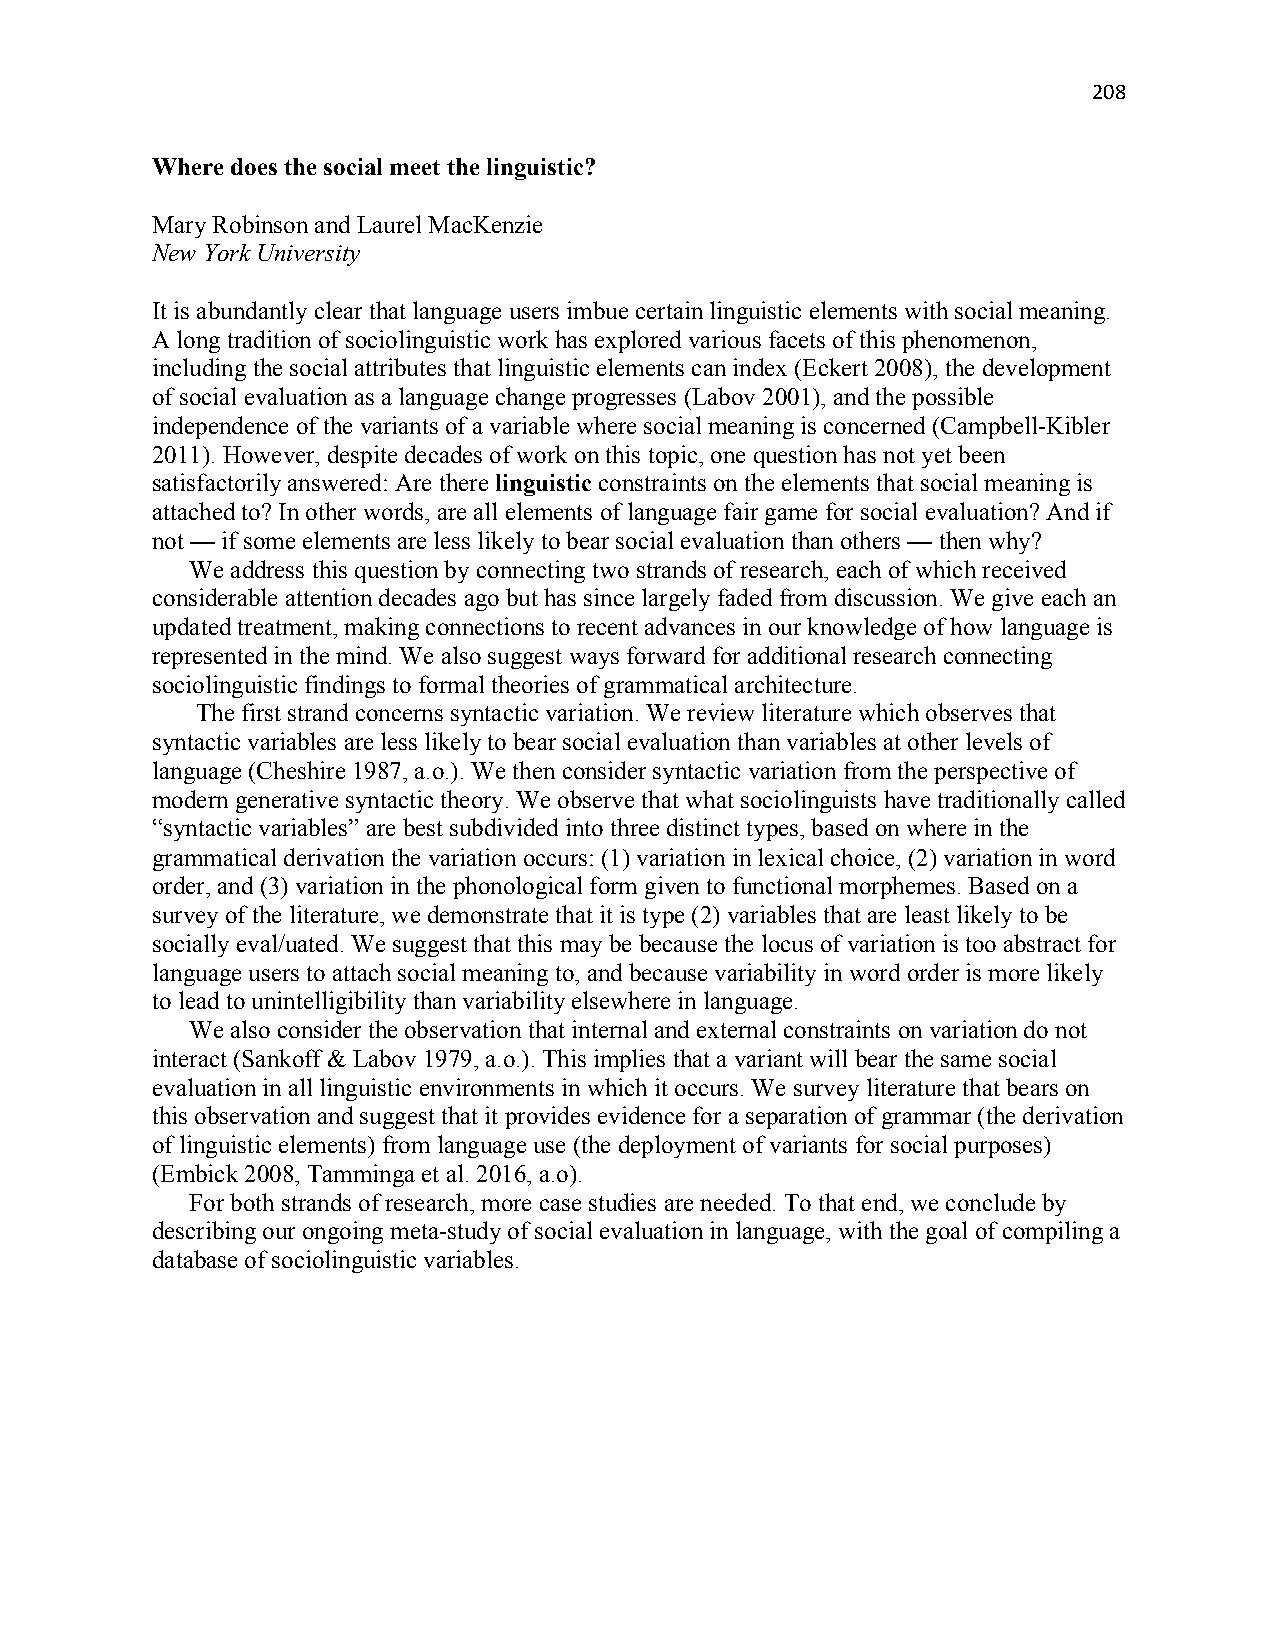
208
 Where does the social meet the linguistic?
 Mary Robinson and Laurel MacKenzie
 New York University
 It is abundantly clear that language users imbue certain linguistic elements with social meaning.
 A long tradition of sociolinguistic work has explored various facets of this phenomenon,
 including the social attributes that linguistic elements can index (Eckert 2008), the development
 of social evaluation as a language change progresses (Labov 2001), and the possible
 independence of the variants of a variable where social meaning is concerned (Campbell-Kibler
 2011). However, despite decades of work on this topic, one question has not yet been
 satisfactorily answered: Are there linguistic constraints on the elements that social meaning is
 attached to? In other words, are all elements of language fair game for social evaluation? And if
 not — if some elements are less likely to bear social evaluation than others — then why?
 We address this question by connecting two strands of research, each of which received
 considerable attention decades ago but has since largely faded from discussion. We give each an
 updated treatment, making connections to recent advances in our knowledge of how language is
 represented in the mind. We also suggest ways forward for additional research connecting
 sociolinguistic findings to formal theories of grammatical architecture.
 The first strand concerns syntactic variation. We review literature which observes that
 syntactic variables are less likely to bear social evaluation than variables at other levels of
 language (Cheshire 1987, a.o.). We then consider syntactic variation from the perspective of
 modern generative syntactic theory. We observe that what sociolinguists have traditionally called
 “syntactic variables” are best subdivided into three distinct types, based on where in the
 grammatical derivation the variation occurs: (1) variation in lexical choice, (2) variation in word
 order, and (3) variation in the phonological form given to functional morphemes. Based on a
 survey of the literature, we demonstrate that it is type (2) variables that are least likely to be
 socially eval/uated. We suggest that this may be because the locus of variation is too abstract for
 language users to attach social meaning to, and because variability in word order is more likely
 to lead to unintelligibility than variability elsewhere in language.
 We also consider the observation that internal and external constraints on variation do not
 interact (Sankoff & Labov 1979, a.o.). This implies that a variant will bear the same social
 evaluation in all linguistic environments in which it occurs. We survey literature that bears on
 this observation and suggest that it provides evidence for a separation of grammar (the derivation
 of linguistic elements) from language use (the deployment of variants for social purposes)
 (Embick 2008, Tamminga et al. 2016, a.o).
 For both strands of research, more case studies are needed. To that end, we conclude by
 describing our ongoing meta-study of social evaluation in language, with the goal of compiling a
 database of sociolinguistic variables.